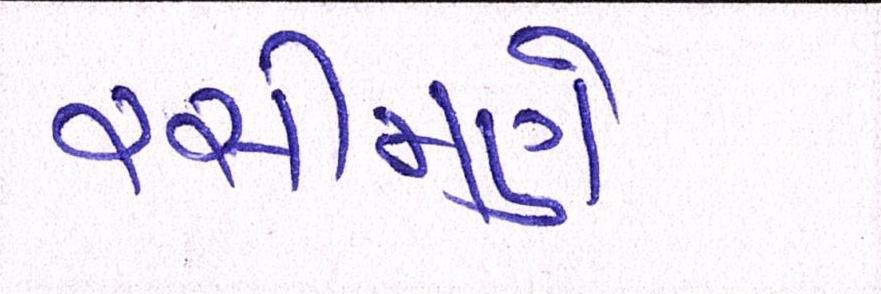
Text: રસીમણે